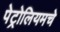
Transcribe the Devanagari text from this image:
पेट्रोलियमचे